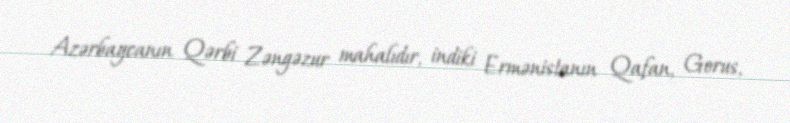
Azərbaycanın Qərbi Zəngəzur mahalıdır, indiki Ermənistanın Qafan, Gorus,